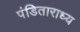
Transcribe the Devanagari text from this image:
पंडिताराध्य